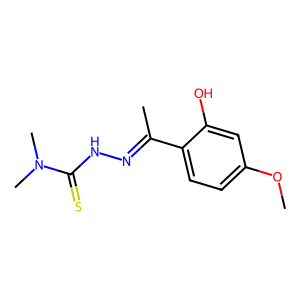
SMILES: COc1ccc(C(C)=NNC(=S)N(C)C)c(O)c1
Inhibits HIV replication: No